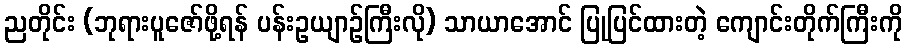
ညတိုင်း (ဘုရားပူဇော်ဖို့ရန် ပန်းဥယျာဉ်ကြီးလို) သာယာအောင် ပြုပြင်ထားတဲ့ ကျောင်းတိုက်ကြီးကို